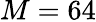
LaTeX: M=64